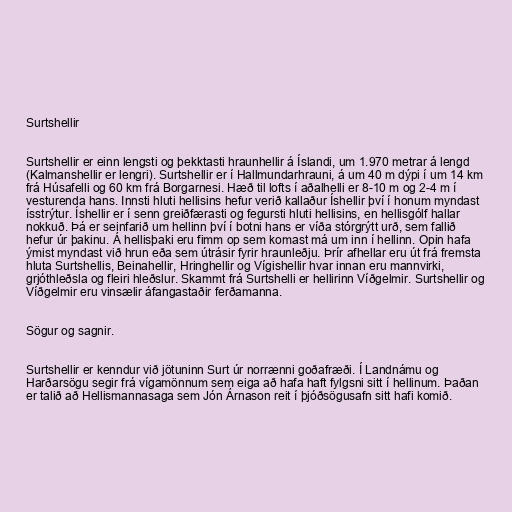
Surtshellir

Surtshellir er einn lengsti og þekktasti hraunhellir á Íslandi, um 1.970 metrar á lengd
(Kalmanshellir er lengri). Surtshellir er í Hallmundarhrauni, á um 40 m dýpi í um 14 km
frá Húsafelli og 60 km frá Borgarnesi. Hæð til lofts í aðalhelli er 8-10 m og 2-4 m í
vesturenda hans. Innsti hluti hellisins hefur verið kallaður Íshellir því í honum myndast
ísstrýtur. Íshellir er í senn greiðfærasti og fegursti hluti hellisins, en hellisgólf hallar
nokkuð. Þá er seinfarið um hellinn því í botni hans er víða stórgrýtt urð, sem fallið
hefur úr þakinu. Á hellisþaki eru fimm op sem komast má um inn í hellinn. Opin hafa
ýmist myndast við hrun eða sem útrásir fyrir hraunleðju. Þrír afhellar eru út frá fremsta
hluta Surtshellis, Beinahellir, Hringhellir og Vígishellir hvar innan eru mannvirki,
grjóthleðsla og fleiri hleðslur. Skammt frá Surtshelli er hellirinn Víðgelmir. Surtshellir og
Víðgelmir eru vinsælir áfangastaðir ferðamanna.

Sögur og sagnir.

Surtshellir er kenndur við jötuninn Surt úr norrænni goðafræði. Í Landnámu og
Harðarsögu segir frá vígamönnum sem eiga að hafa haft fylgsni sitt í hellinum. Þaðan
er talið að Hellismannasaga sem Jón Árnason reit í þjóðsögusafn sitt hafi komið.